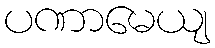
ပဏာမေယျ